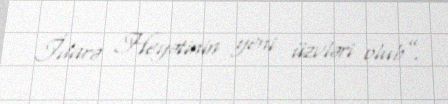
İdarə Heyətinin yeni üzvləri olub”.